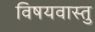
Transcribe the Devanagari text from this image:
विषयवास्तु